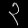
Digit: ၃